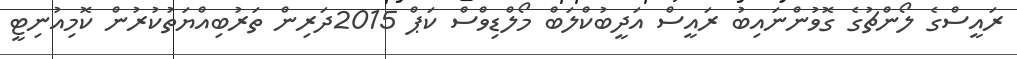
ރައީސްގެ ލޯންޗުގެ ގޮވުންނައިބު ރައީސް އަދީބުކްލަބް މޯލްޑިވްސް ކަޕް 2015ދަރިން ތަރުބިއްޔަތުކުރުން ކޮމިއުނިޓީ